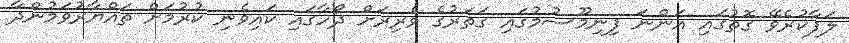
ލަފާކުރެވޭ ގޮތުގައި އަންނަ ފިނިމޫސުމުގައި ގަތަރުގެ ވެރިރަށް ދޯހާގައި ކައިވެނި ކުރުމަށް ތައްޔާރުވަމުންދާ